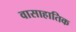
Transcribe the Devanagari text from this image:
वासाहातिक